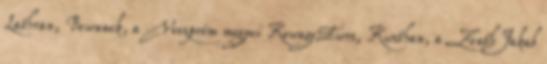
Lathran, Bewnnek, a Veszprém megyei KewagoEwrs, Kwsthan, a ZenthJakab